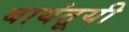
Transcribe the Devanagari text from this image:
बायंतूयी